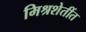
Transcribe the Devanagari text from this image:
मिश्रशेतींत